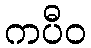
ကပီဝ